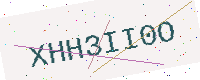
Text: XHH3II0O